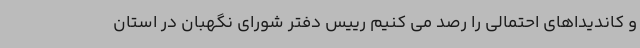
و کاندیداهای احتمالی را رصد می کنیم رییس دفتر شورای نگهبان در استان